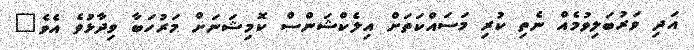
އަދި ވަރުބަލިވުމެއް ނެތި ކުރި މަސައްކަތަށް އިލެކްޝަންސް ކޮމިޝަނަށް މަރުހަބާ ވިދާޅުވެ އެވެ"